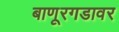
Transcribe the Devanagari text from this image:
बाणूरगडावर